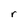
Character: r